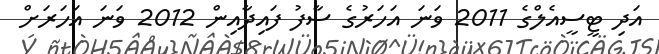
އަދި ޓީސީއެލްގެ 2011 ވަނަ އަހަރުގެ ސާފު ފައިދާއިން 2012 ވަނަ އަހަރަށް